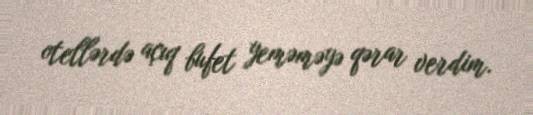
otellərdə açıq bufet yeməməyə qərar verdim.